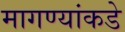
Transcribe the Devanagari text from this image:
मागण्यांकडे